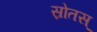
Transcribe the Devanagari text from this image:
स्रोतस्